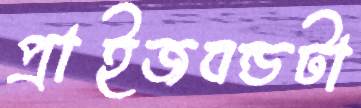
প্রাইজবন্ডটা